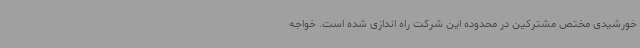
خورشیدی مختص مشترکین در محدوده این شرکت راه اندازی شده است. خواجه